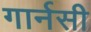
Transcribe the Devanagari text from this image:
गार्नसी